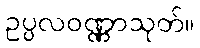
ဥပ္ပလဝဏ္ဏာသုတ်။